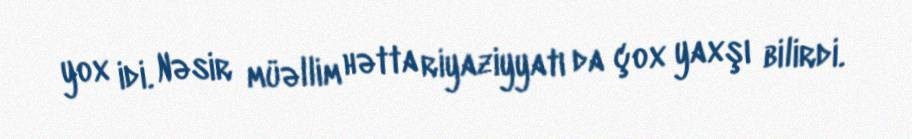
yox idi. Nəsir müəllim hətta riyaziyyatı da çox yaxşı bilirdi.